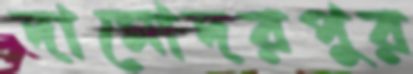
দামোদরপুর